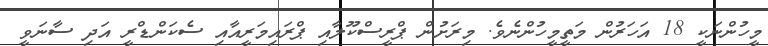
މީހުންނަކީ 18 އަހަރުން މަތީމީހުންނެވެ. މިރަށުން ޕްރީސްކޫލާއި ޕްރައިމަރީއާއި ސެކަންޑްރީ އަދި ސާނަވީ